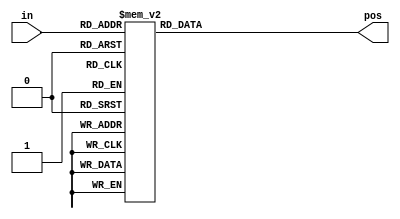
module top_module (
	input [3:0] in,
	output reg [1:0] pos
  );

	always @(*) begin			
		case (in)
			4'h0: pos = 2'h0;
			4'h1: pos = 2'h0;
			4'h2: pos = 2'h1;
			4'h3: pos = 2'h0;
			4'h4: pos = 2'h2;
			4'h5: pos = 2'h0;
			4'h6: pos = 2'h1;
			4'h7: pos = 2'h0;
			4'h8: pos = 2'h3;
			4'h9: pos = 2'h0;
			4'ha: pos = 2'h1;
			4'hb: pos = 2'h0;
			4'hc: pos = 2'h2;
			4'hd: pos = 2'h0;
			4'he: pos = 2'h1;
			4'hf: pos = 2'h0;
			default: pos = 2'b0;
		endcase
	end
	
endmodule